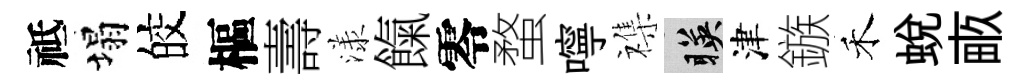
祗塌皎樞壽漾餼零蝥嚀襍暎津鏃禾蜕畞